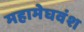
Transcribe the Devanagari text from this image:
महामेघवंश